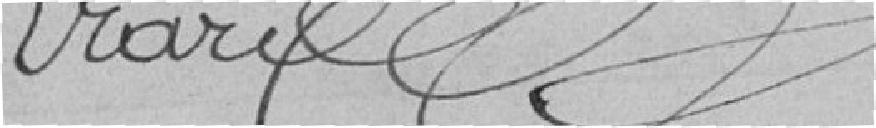
ERARD